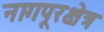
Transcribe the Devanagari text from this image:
नागपूरक्षेत्र